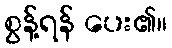
စွန့်ရန် ပေး၏။